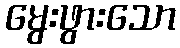
မွေးဖွားသော